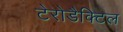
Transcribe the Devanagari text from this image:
टेरोडैक्टिल